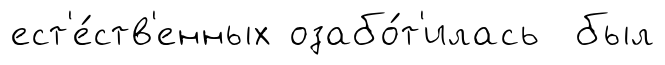
ест'е́ств'енных озабо́т'илась был